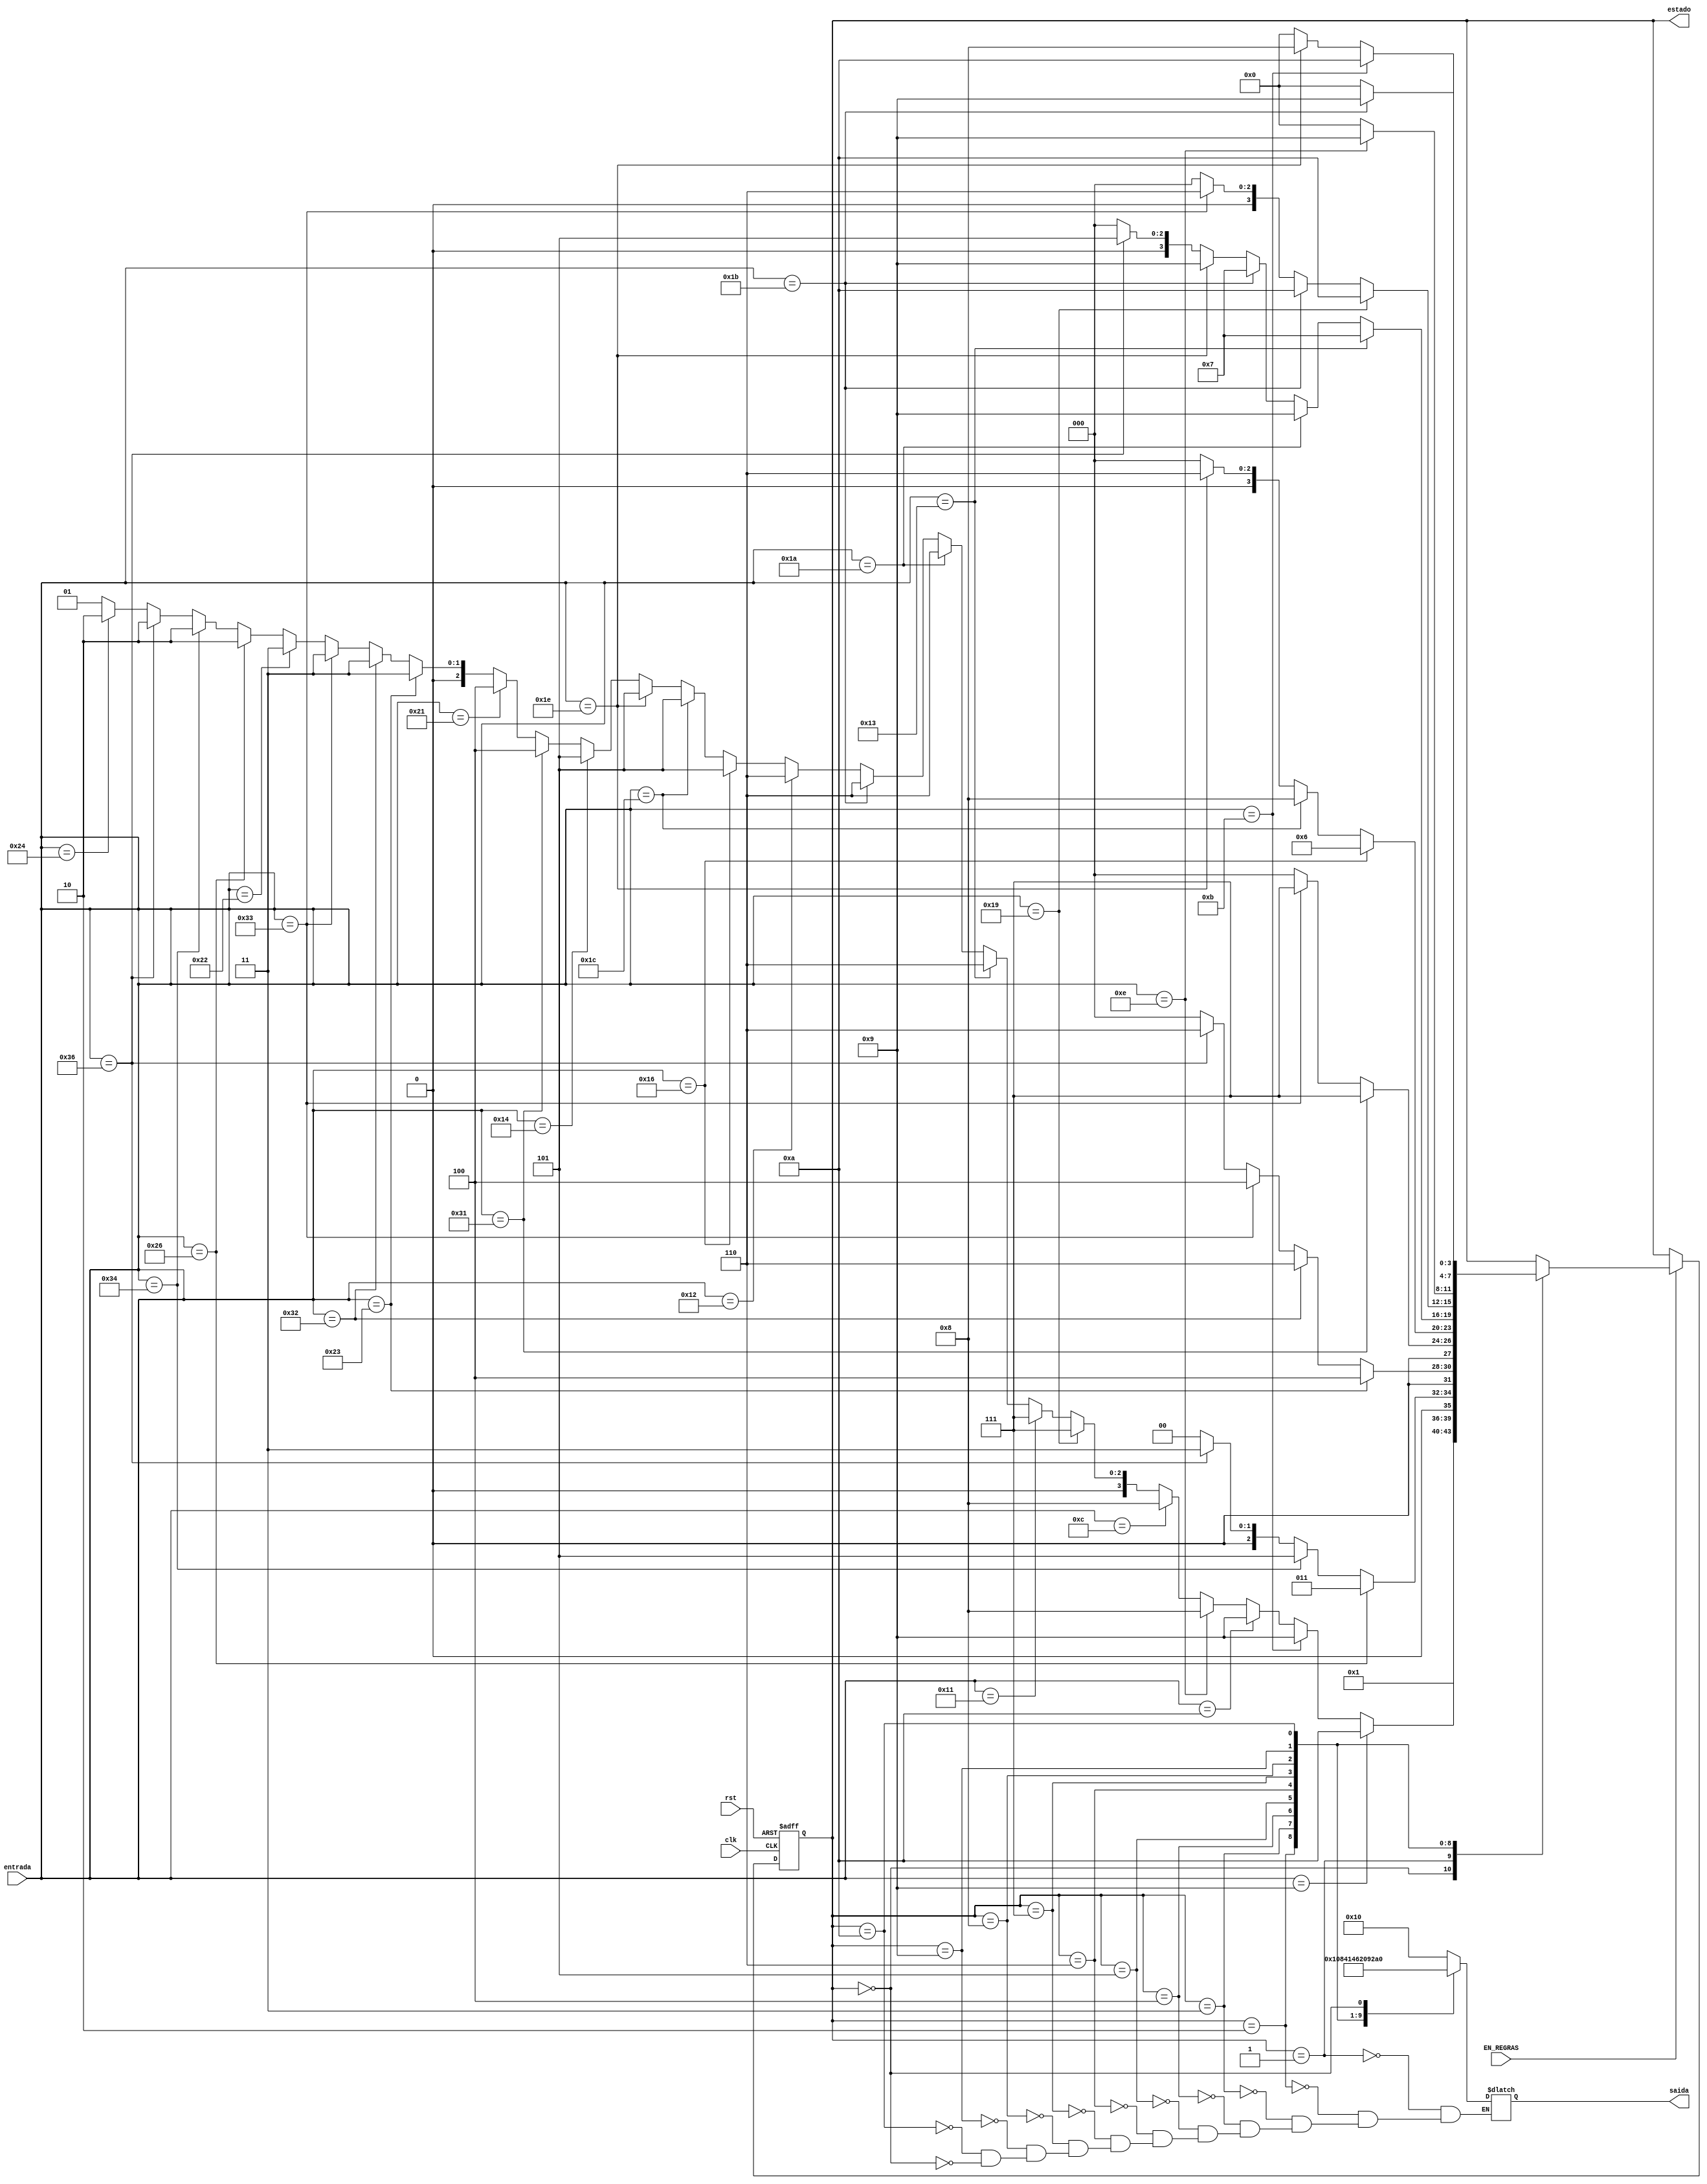
module maquina_estados (clk, entrada, rst, EN_REGRAS, saida, estado);
   input      clk, rst, EN_REGRAS;
	input      [5:0] entrada;
   output reg [5:0] saida;
	output     [3:0] estado;
	    

   reg  [3:0] estado_atual;

//=============Declaracao dos estados===============
	localparam END = 4'd0, Start = 4'd1, R0 = 4'd2, R1 = 4'd3, R2 = 4'd4, R3 = 4'd5, R4= 4'd6, R5 = 4'd7, 
              R6 = 4'd8, R7 = 4'd9, R8= 4'd10;

//--------------Inserido para teste:
   assign estado = estado_atual;

//========== Definicao do valor da saida============

	always @ (estado_atual) begin
		case (estado_atual)
   		Start:  saida = 6'b010000;
		   R0:     saida = 6'b000000;
		   R1:     saida = 6'b000001;
		   R2:     saida = 6'b000010;
		   R3:     saida = 6'b000100;
   		R4:     saida = 6'b000101;
   		R5:     saida = 6'b000110;
			R6:     saida = 6'b001000;
		   R7:     saida = 6'b001001;
			R8:     saida = 6'b001010;
		   END:    saida = 6'b100000;
		endcase
	end

	always @ (posedge clk or posedge rst)
	begin
		if (rst)
			estado_atual <= END;
		else if (EN_REGRAS==1'b1)
			case (estado_atual)    
				END  :  estado_atual <= Start;
				Start:
//================R8============================================================
			         if (entrada == 6'b001_001) // 1 REGRA
						estado_atual <= R8;
													
//================R7============================================================
				      else if (entrada == 6'b001_011) // 2 REGRAS
						estado_atual <= R7;
						else if (entrada == 6'b001_010)//1 REGRA
						estado_atual <= R7;

//================R6============================================================
				      else if (entrada == 6'b001_110) // 2 REGRAS
						estado_atual <= R6;					
						else if (entrada == 6'b001_100)//1 REGRA
						estado_atual <= R6;

//================R5============================================================
				      else if (entrada == 6'b011_001) // 2 REGRAS
						estado_atual <= R5;
						else if (entrada == 6'b010_001)//1 REGRA
						estado_atual <= R5;	
					
//================R4============================================================
				      else if (entrada == 6'b010_011) //2 REGRAS
						estado_atual <= R4;
				      else if (entrada == 6'b011_010) // 2 REGRAS
						estado_atual <= R4;
				      else if (entrada == 6'b011_011)//4 REGRAS
						estado_atual <= R4;
						else if (entrada == 6'b010_010)//1 REGRA
						estado_atual <= R4;	
				
//================R3============================================================
				      else if (entrada == 6'b010_110) //  2 REGRAS
						estado_atual <= R3;
				      else if (entrada == 6'b011_100) // 2 REGRAS
						estado_atual <= R3;	
				      else if (entrada == 6'b011_110)//4 REGRAS
						estado_atual <= R3;
						else if (entrada == 6'b010_100)//1REGRA
						estado_atual <= R3;	
						
//================R2============================================================
				      else if (entrada == 6'b110_001)//2 Regras
						estado_atual <= R2;
						else if (entrada == 6'b100_001)//1 Regra
						estado_atual <= R2;

//================R1============================================================
				      else if (entrada == 6'b100_011)//2 regras
						estado_atual <= R1;
				      else if (entrada == 6'b110_010)// 2 regras
						estado_atual <= R1;
				      else if (entrada == 6'b110_011)//4 Regras
						estado_atual <= R1;
						else if (entrada == 6'b100_010)//1 Regra
						estado_atual <= R1;
					
//================R0============================================================
				      else if(entrada ==  6'b100_110) // 2 regra
				      estado_atual <= R0;
						else if(entrada ==  6'b110_100)// 2 regras
				      estado_atual <= R0;			
					   else if(entrada ==  6'b110_110)//4Regras
				      estado_atual <= R0;
						else if (entrada == 6'b100_100)//1Regra
						estado_atual <= R0;
						else estado_atual <= Start;

R0:
				    if(entrada ==  6'b100_110) //ok
				      estado_atual <= R1;
				    else if(entrada ==  6'b110_100)//ok
				      estado_atual <= R3;
				    else if(entrada ==  6'b110_110)//ok
				      estado_atual <= R1;
				    else estado_atual <= END;			
		
R1:			
					 if(entrada ==  6'b100_011) //ok
					      estado_atual <= R2;
					 else if(entrada ==  6'b110_010)//ok
					         estado_atual <= R4;
					 else if(entrada ==  6'b110_011)//ok
					      estado_atual <= R2;
					 else if(entrada ==  6'b110_110)//Seq de 4R
					       estado_atual <= R4;
					 else estado_atual <= END;						
						
R2:			
                if (entrada == 6'b110_001)//ok
						estado_atual <= R5;
					 else if(entrada ==  6'b110_011)//Seq de 4R
					   estado_atual <= R5;
					 else estado_atual <= END;			
						
R3:			
					 if (entrada == 6'b010_110)
						estado_atual <= R4;	
				    else if (entrada == 6'b011_100)
						estado_atual <= R6;	
					 else if(entrada ==  6'b011_110)//4R
					   estado_atual <= R4;
					 else estado_atual <= END;						
															
R4:			
					 if (entrada == 6'b010_011) //ok
						estado_atual <= R5;								//alterado dia 17/11/22
				    else if (entrada == 6'b011_010) //ok
						estado_atual <= R7;								//alterado dia 19/11/22
				    else if(entrada ==  6'b011_011)//ok
					   estado_atual <= R5;
					 else if(entrada ==  6'b011_110)//4R
					   estado_atual <= R7;
					 else if(entrada ==  6'b110_110)//4R
					   estado_atual <= R3;
					 else estado_atual <= END;
	
R5:			
				    if (entrada == 6'b011_001) //ok
						estado_atual <= R8;
					 else if(entrada ==  6'b011_011)//4R ok
					   estado_atual <= R8;
					 else if(entrada ==  6'b110_011)//Seq de 4R
					   estado_atual <= R4;
					 else estado_atual <= END;
						
R6:			
					 if (entrada == 6'b001_110) // ok
						estado_atual <= R7;
					 else estado_atual <= END;

						
R7:			
					 if (entrada == 6'b001_011)//ok
						estado_atual <= R8;
					 else if(entrada ==  6'b011_110)//ok
					   estado_atual <= R6;
					 else estado_atual <= END;			 
								
R8:			
                if(entrada ==  6'b011_011)//ok
					    estado_atual <= R7;		
			       else estado_atual <= END;
				
		endcase
		
end
endmodule